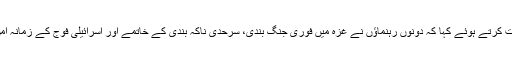
مصری وزیر خارجہ احمد عبدالغیط نے صحافیوں سے بات چیت کرتے ہوئے کہا کہ دونوں رہنماؤں نے غزہ میں فوری جنگ بندی، سرحدی ناکہ بندی کے خاتمے اور اسرائیلی فوج کے زمانہ امن کی پوزیشن پر واپسی کے حوالے سے تفصیلی بات چیت کی۔